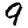
Digit: 9